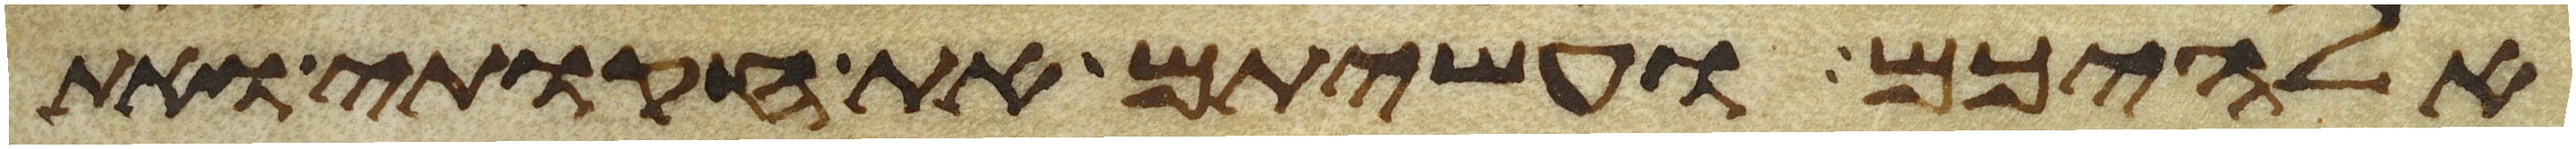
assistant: אלהיכם ועשיתם את חקותי ואת